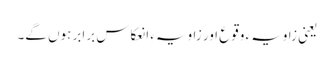
یعنی زاویہءِ وقوع اور زاویہءِ انعکاس برابر ہوں گے۔